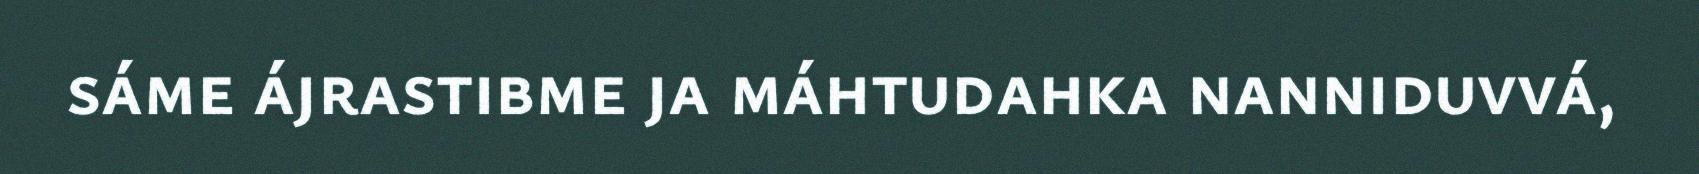
sáme ájrastibme ja máhtudahka nanniduvvá,